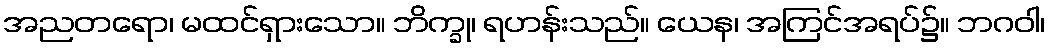
အညတရော၊ မထင်ရှားသော။ ဘိက္ခု၊ ရဟန်းသည်။ ယေန၊ အကြင်အရပ်၌။ ဘဂဝါ၊